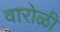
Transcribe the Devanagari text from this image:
वारोळी